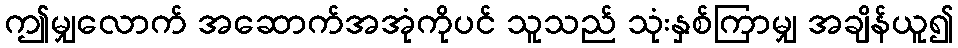
ဤမျှလောက် အဆောက်အအုံကိုပင် သူသည် သုံးနှစ်ကြာမျှ အချိန်ယူ၍